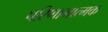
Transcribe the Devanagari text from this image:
परिणामात्‍मक